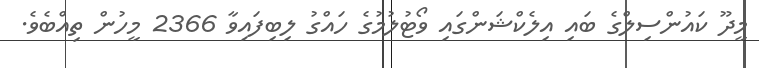
މީދޫ ކައުންސިލްގެ ބައި އިލެކްޝަންގައި ވޯޓުލުމުގެ ހައްގު ލިބިފައިވާ 2366 މީހުން ތިއްބެވެ.